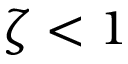
\zeta < 1